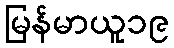
မြန်မာယူ၁၉